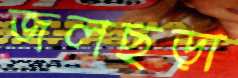
জলছড়া